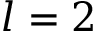
l = 2